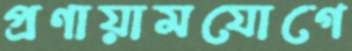
প্রণায়ামযোগে